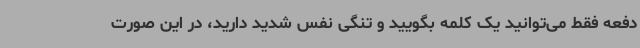
دفعه فقط می‌توانید یک کلمه بگویید و تنگی نفس شدید دارید، در این صورت